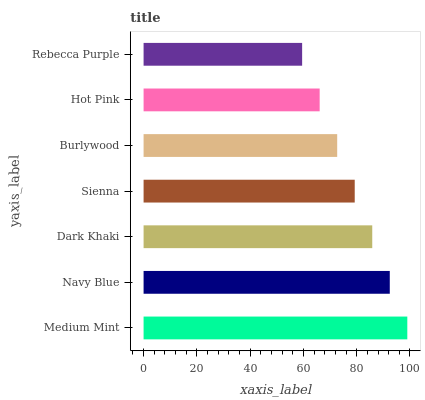
| yaxis_label | bars |
 | --- | --- |
 | Medium Mint | 99 |
 | Navy Blue | 92.4 |
 | Dark Khaki | 85.8 |
 | Sienna | 79.3 |
 | Burlywood | 72.7 |
 | Hot Pink | 66.1 |
 | Rebecca Purple | 59.5 |